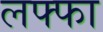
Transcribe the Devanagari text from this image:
लफ्फा